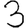
Digit: 3